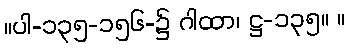
။ပါ-၁၃၅-၁၅၆-၌ ဂါထာ၊ ဋ္ဌ-၁၃၅။ ။